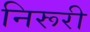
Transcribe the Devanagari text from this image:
निरूरी